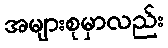
အများစုမှာလည်း